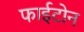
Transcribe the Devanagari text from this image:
फाईटोन